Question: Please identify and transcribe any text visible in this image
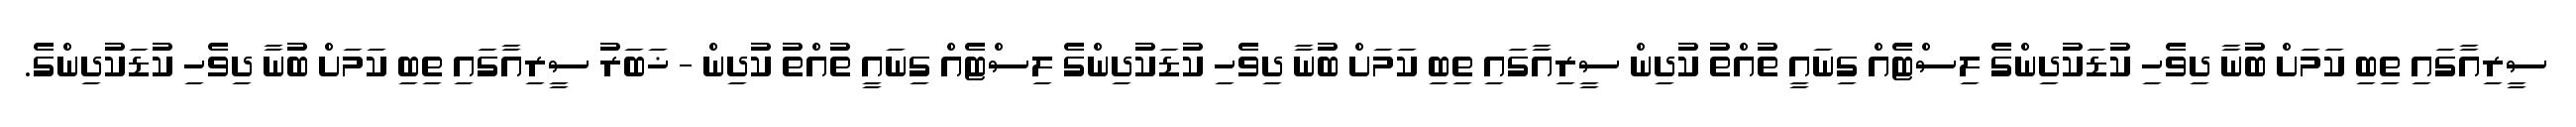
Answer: ސީރިއާގައި ތިބި ކަމަށް ބުނާ ދިވެހި ކުޑަކުދިންގެ ލިސްޓެއް ގިނައީ ތުއްތު ކުދިން ސީރިއާގައި ތިބި ކަމަށް ބުނާ ދިވެހި ކުޑަކުދިންގެ ލިސްޓެއް ގިނައީ ތުއްތު ކުދިން - ޚަބަރު ސީރިއާގައި ތިބި ކަމަށް ބުނާ ދިވެހި ކުޑަކުދިންގެ.